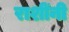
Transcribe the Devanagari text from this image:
राशींनी